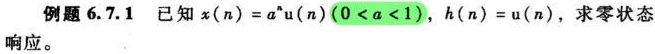
例题 6.7.1 已知 \(x(n)=a^{n}u(n)\ (0 < a < 1)\)，\(h(n)=u(n)\)，求零状态响应。